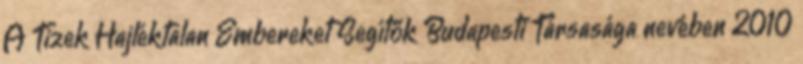
A Tizek Hajléktalan Embereket Segítők Budapesti Társasága nevében 2010